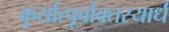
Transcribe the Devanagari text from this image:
कुर्यात्पूर्वोक्तस्यार्धं